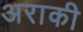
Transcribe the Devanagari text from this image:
अराकी